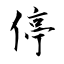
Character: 停